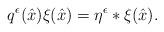
LaTeX: \begin{align*}q^{\epsilon}(\hat x)\xi(\hat x) = \eta^{\epsilon}*\xi(\hat x).\end{align*}